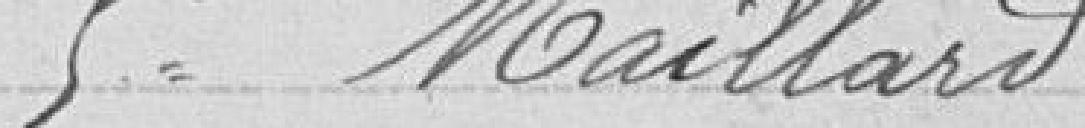
5° Maillard